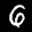
Label: 6